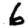
Digit: 6